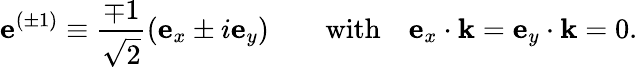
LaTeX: \mathbf{e}^{(\pm 1)}\equiv{\frac{\mp 1}{\sqrt{2}}}(\mathbf{e}_{x}\pm i\mathbf{e}_{y})\qquad{\mathrm{with}}\quad\mathbf{e}_{x}\cdot\mathbf{k}=\mathbf{e}_{y}\cdot\mathbf{k}=0.